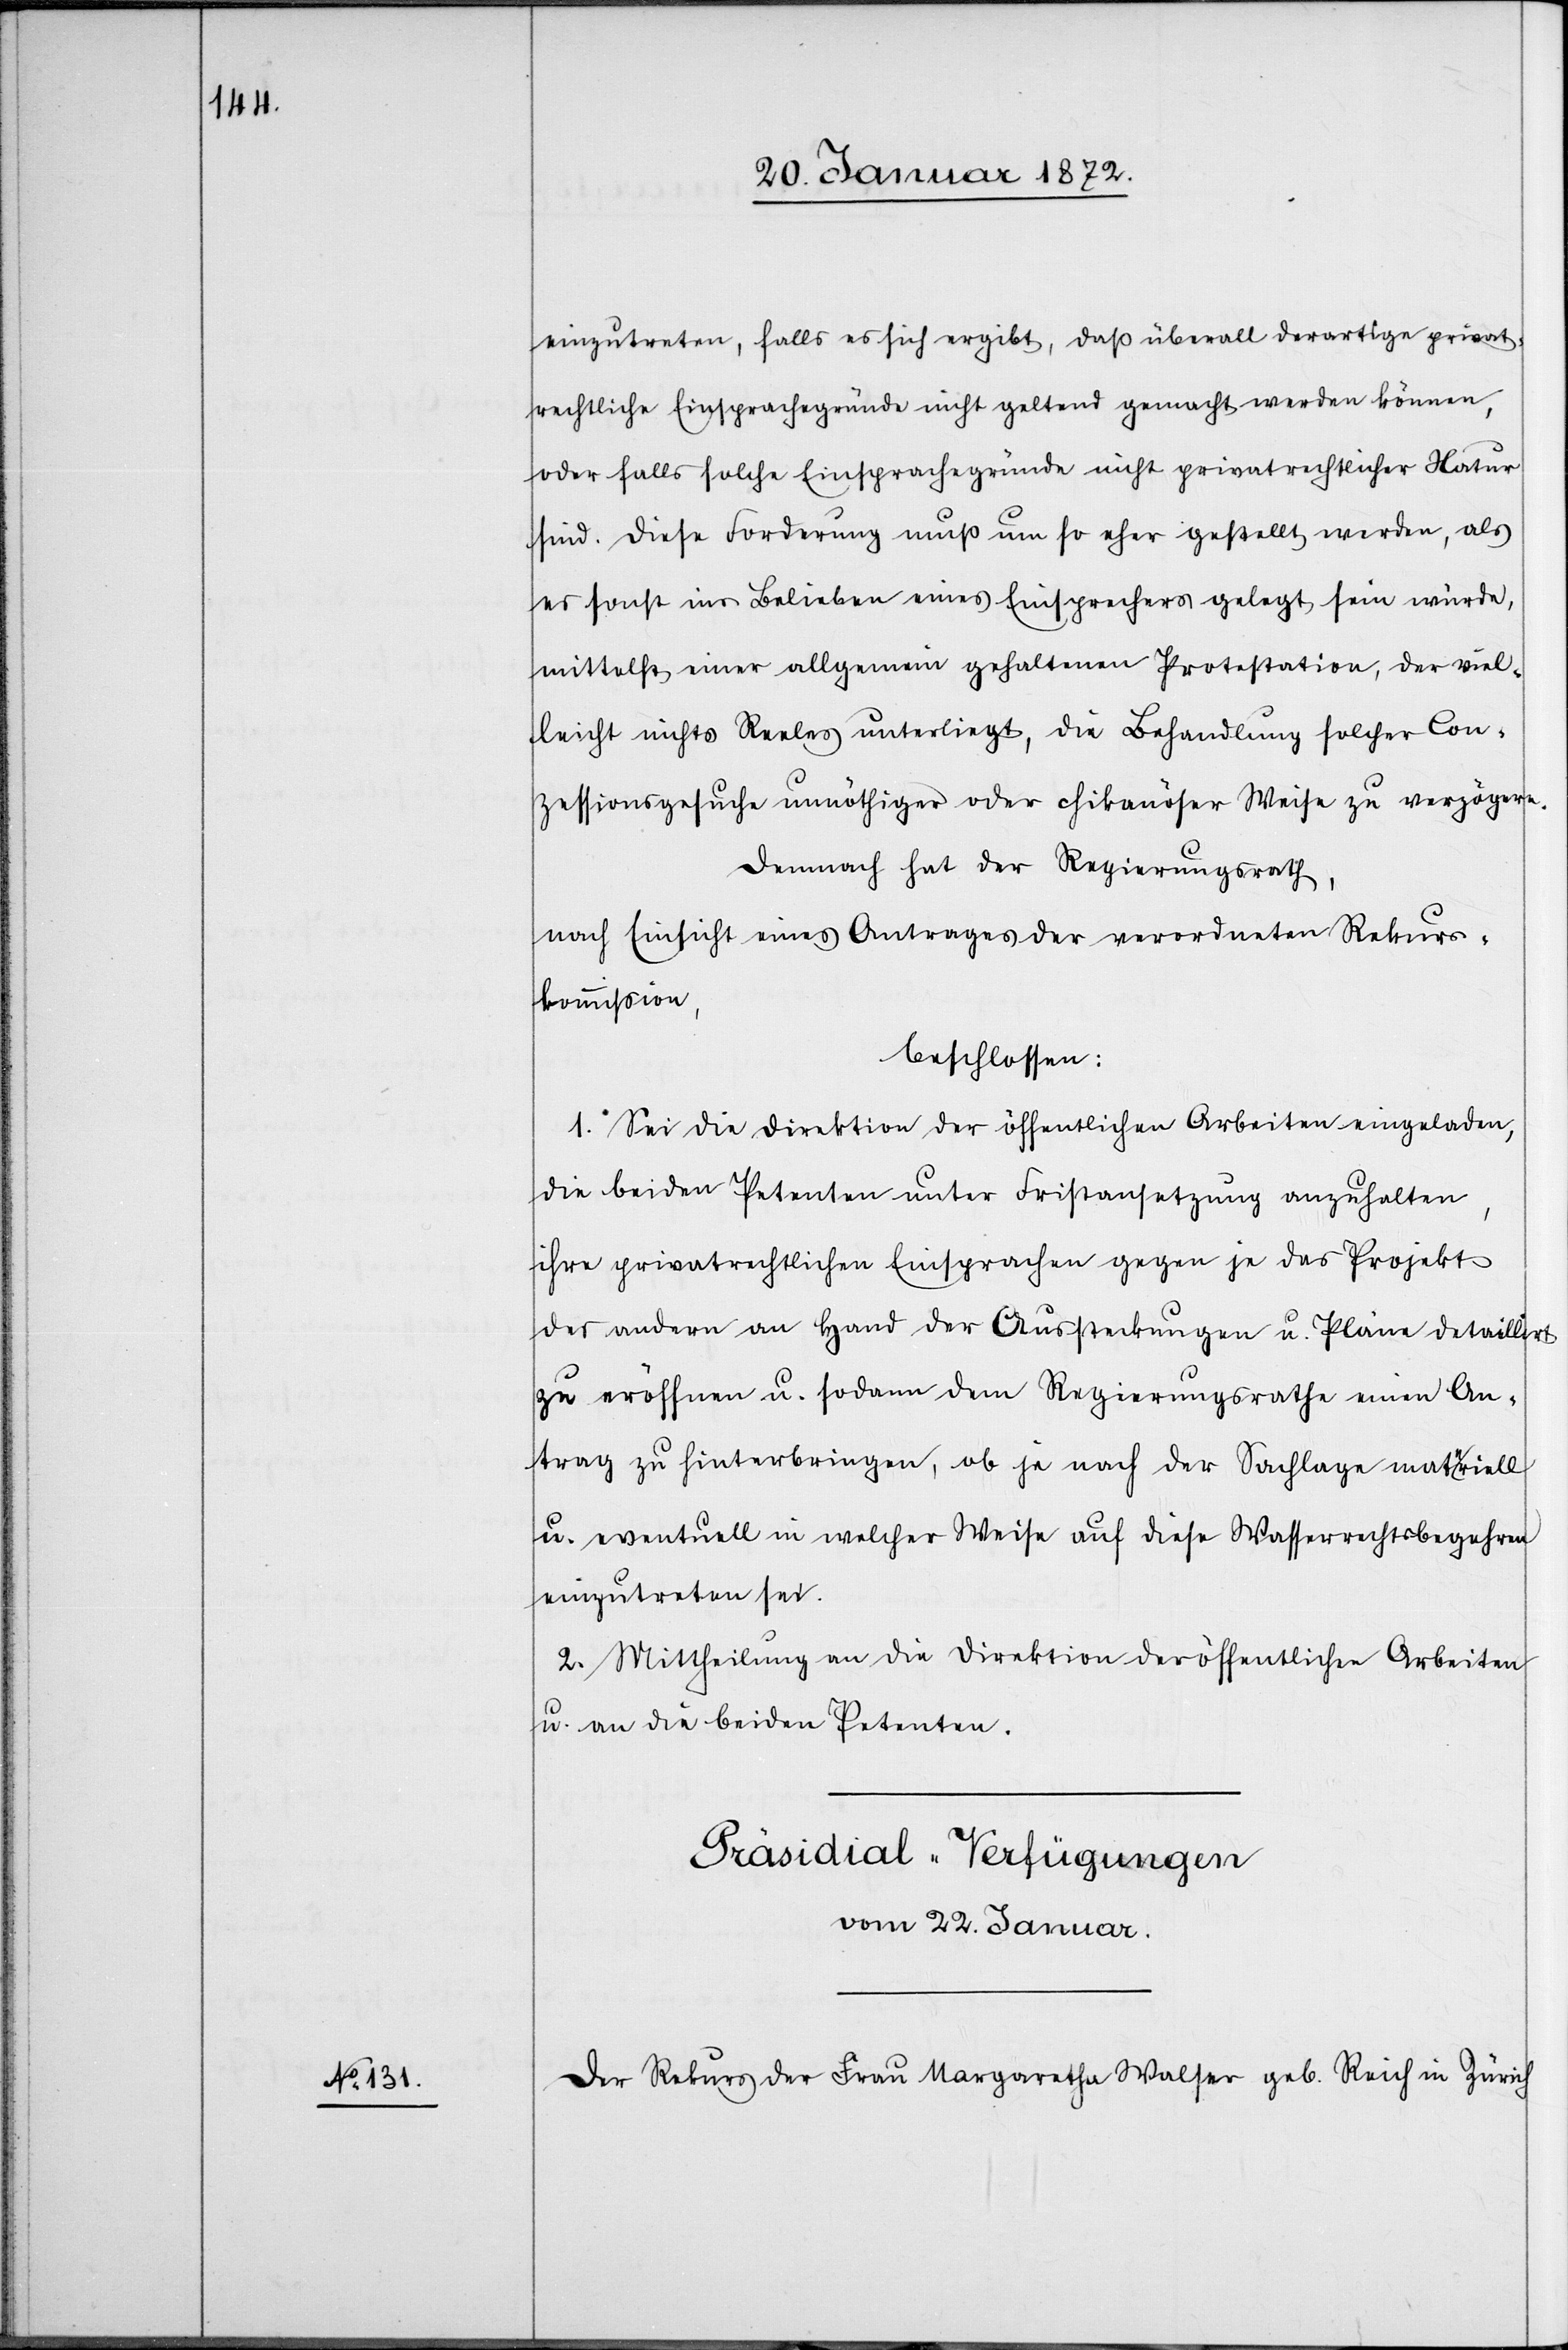
einzutreten, falls es sich ergibt, daß überall derartige privat¬
rechtliche Einsprachegründe nicht geltend gemacht werden können,
oder falls solche Einsprachegründe nicht privatrechtlicher Natur
sind. Diese Forderung muß um so eher gestellt werden, als
es sonst ins Belieben eines Einsprechers gelegt sein würde,
mittelst einer allgemein gehaltenen Protestation, der viel¬
leicht nichts Reales unterliegt, die Behandlung solcher Con¬
zessionsgesuche unnöthiger oder chikanöser Weise zu verzögern.
Demnach hat der Regierungsrath,
nach Einsicht eines Antrages der verordneten Rekurs¬
kommission
beschlossen:
1. Sei die Direktion der öffentlichen Arbeiten eingeladen,
die beiden Petenten unter Fristansetzung anzuhalten,
ihre privatrechtlichen Einsprachen gegen je das Projekt
der andern an Hand der Aussteckungen u. Pläne detaillirt
zu eröffnen u. sodann dem Regierungsrathe einen An¬
trag zu hinterbringen, ob je nach der Sachlage materiell
u. eventuell in welcher Weise auf diese Wasserrechtsbegehren
einzutreten sei.
2. Mittheilung an die Direktion der öffentlichen Arbeiten
u. an die beiden Petenten.
Präsidial-Verfügungen
vom 22. Januar.
Der Rekurs der Frau Margaretha Walser geb. Reich in Zürich